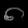
Digit: ၈